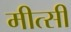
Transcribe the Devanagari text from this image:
मीत्सी